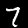
Label: 7